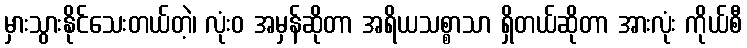
မှားသွားနိုင်သေးတယ်တဲ့၊ လုံးဝ အမှန်ဆိုတာ အရိယသစ္စာသာ ရှိတယ်ဆိုတာ အားလုံး ကိုယ်စီ